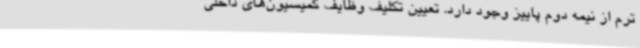
ترم از نیمه دوم پاییز وجود دارد. تعیین تکلیف وظایف کمیسیون‌های داخلی